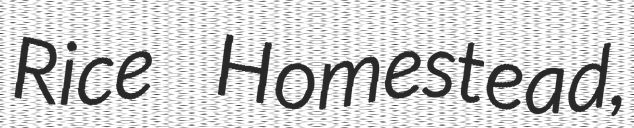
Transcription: Rice Homestead,